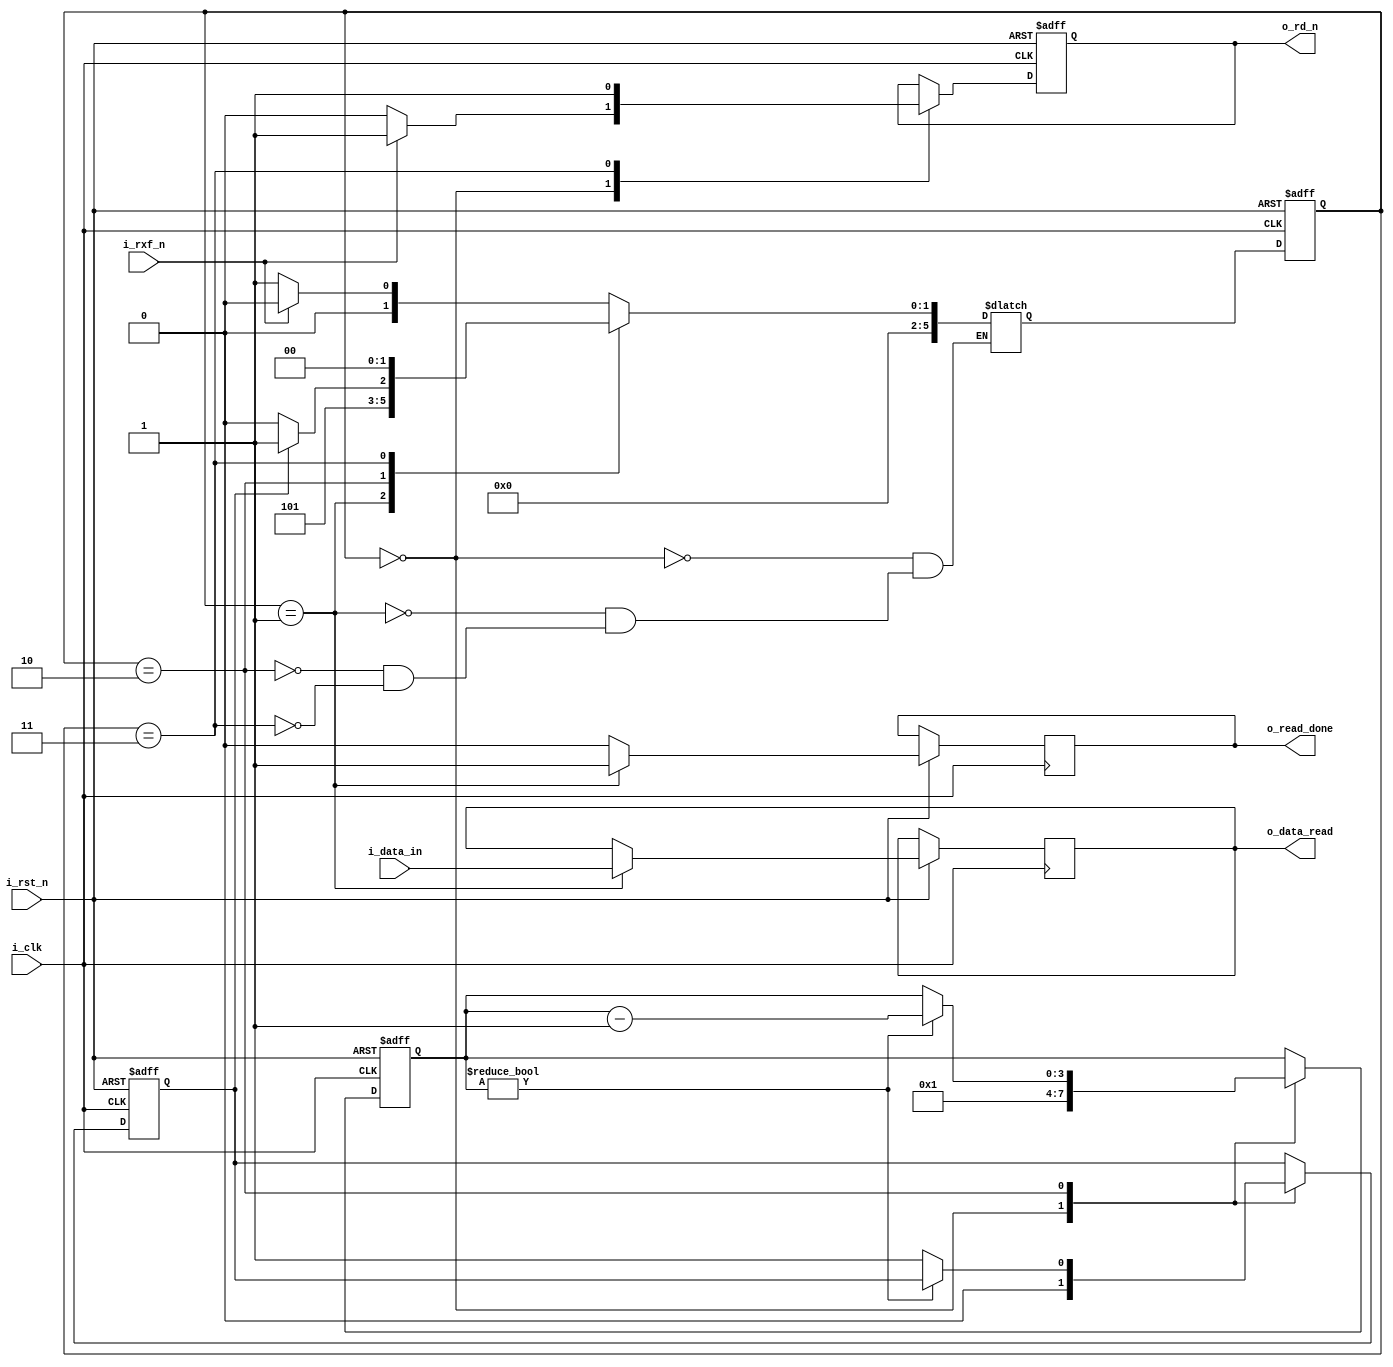
module ft232h_asynFIFO_r
(
	input i_clk,
	input i_rst_n,
	input i_rxf_n,
    input [7:0] i_data_in, 
    output o_rd_n,
	output reg [7:0] o_data_read,
    output reg o_read_done
);

`define FT_WAIT_CNT 1

/***FT232H asynFIFO read SM ***/
localparam FT_IDLE = 0;
localparam FT_READ_DATA = 1;
localparam FT_READ_WAIT = 2;
localparam FT_READ_DONE = 3;

reg r_rd_n;
reg[5:0] curent_state, next_state;
reg [3:0] r_ft_wait;
reg r_ftWait_done;


assign o_rd_n = r_rd_n;

/***current state generator ***/
always@(posedge i_clk or negedge i_rst_n) begin
    if(!i_rst_n) 
        curent_state <= FT_IDLE;
    else 
        curent_state <= next_state;
end

/***next state generator ***/
always@(*) begin
    case(curent_state)
        FT_IDLE: begin
            if(!i_rxf_n) next_state = FT_READ_DATA;
            else next_state = FT_IDLE;
        end
        
        FT_READ_DATA: next_state = FT_READ_WAIT;
        
        FT_READ_WAIT: begin 
            if(r_ftWait_done) next_state = FT_READ_DONE;
            else next_state = FT_READ_WAIT;
        end
        
        FT_READ_DONE: next_state = FT_IDLE;
        
    
    endcase
end


/*** output logic ***/
always@(posedge i_clk or negedge i_rst_n) begin
    if(!i_rst_n) begin
        r_rd_n <= 1'b1;
        r_ft_wait <= `FT_WAIT_CNT;
        r_ftWait_done <= 1'b0;
    end
    else begin
    o_read_done <= 1'b0;
        case(curent_state)
            FT_IDLE: begin
                r_ft_wait <= `FT_WAIT_CNT;
                r_ftWait_done <= 1'b0;
                o_read_done <= 1'b0; 
                if(!i_rxf_n) r_rd_n <= 1'b0;
                else r_rd_n <= 1'b1;
            end
            
            FT_READ_DATA: begin
				o_data_read <= i_data_in;
                o_read_done <= 1'b1;
            end
        
            FT_READ_WAIT: begin
                if(r_ft_wait != 0) r_ft_wait <= r_ft_wait - 1'b1;
                else r_ftWait_done <= 1'b1;
            end
            
            FT_READ_DONE: begin
                r_rd_n <= 1'b1;
            end
            
        endcase
    end
end

endmodule